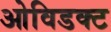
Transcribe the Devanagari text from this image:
ओविडक्ट